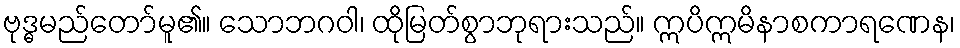
ဗုဒ္ဓမည်တော်မူ၏။ သောဘဂဝါ၊ ထိုမြတ်စွာဘုရားသည်။ ဣပိဣမိနာစကာရဏေန၊